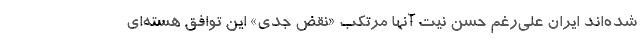
شده‌اند ایران علی‌رغم حسن نیت آنها مرتکب «نقض جدی» این توافق هسته‌ای